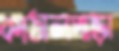
কাঠালপাড়া